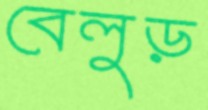
বেলুড়